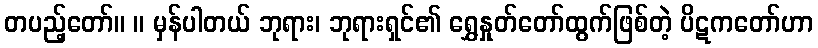
တပည့်တော်။ ။ မှန်ပါတယ် ဘုရား၊ ဘုရားရှင်၏ ရွှေနှုတ်တော်ထွက်ဖြစ်တဲ့ ပိဋကတော်ဟာ